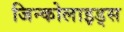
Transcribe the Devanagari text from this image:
जिन्कोलाइड्स